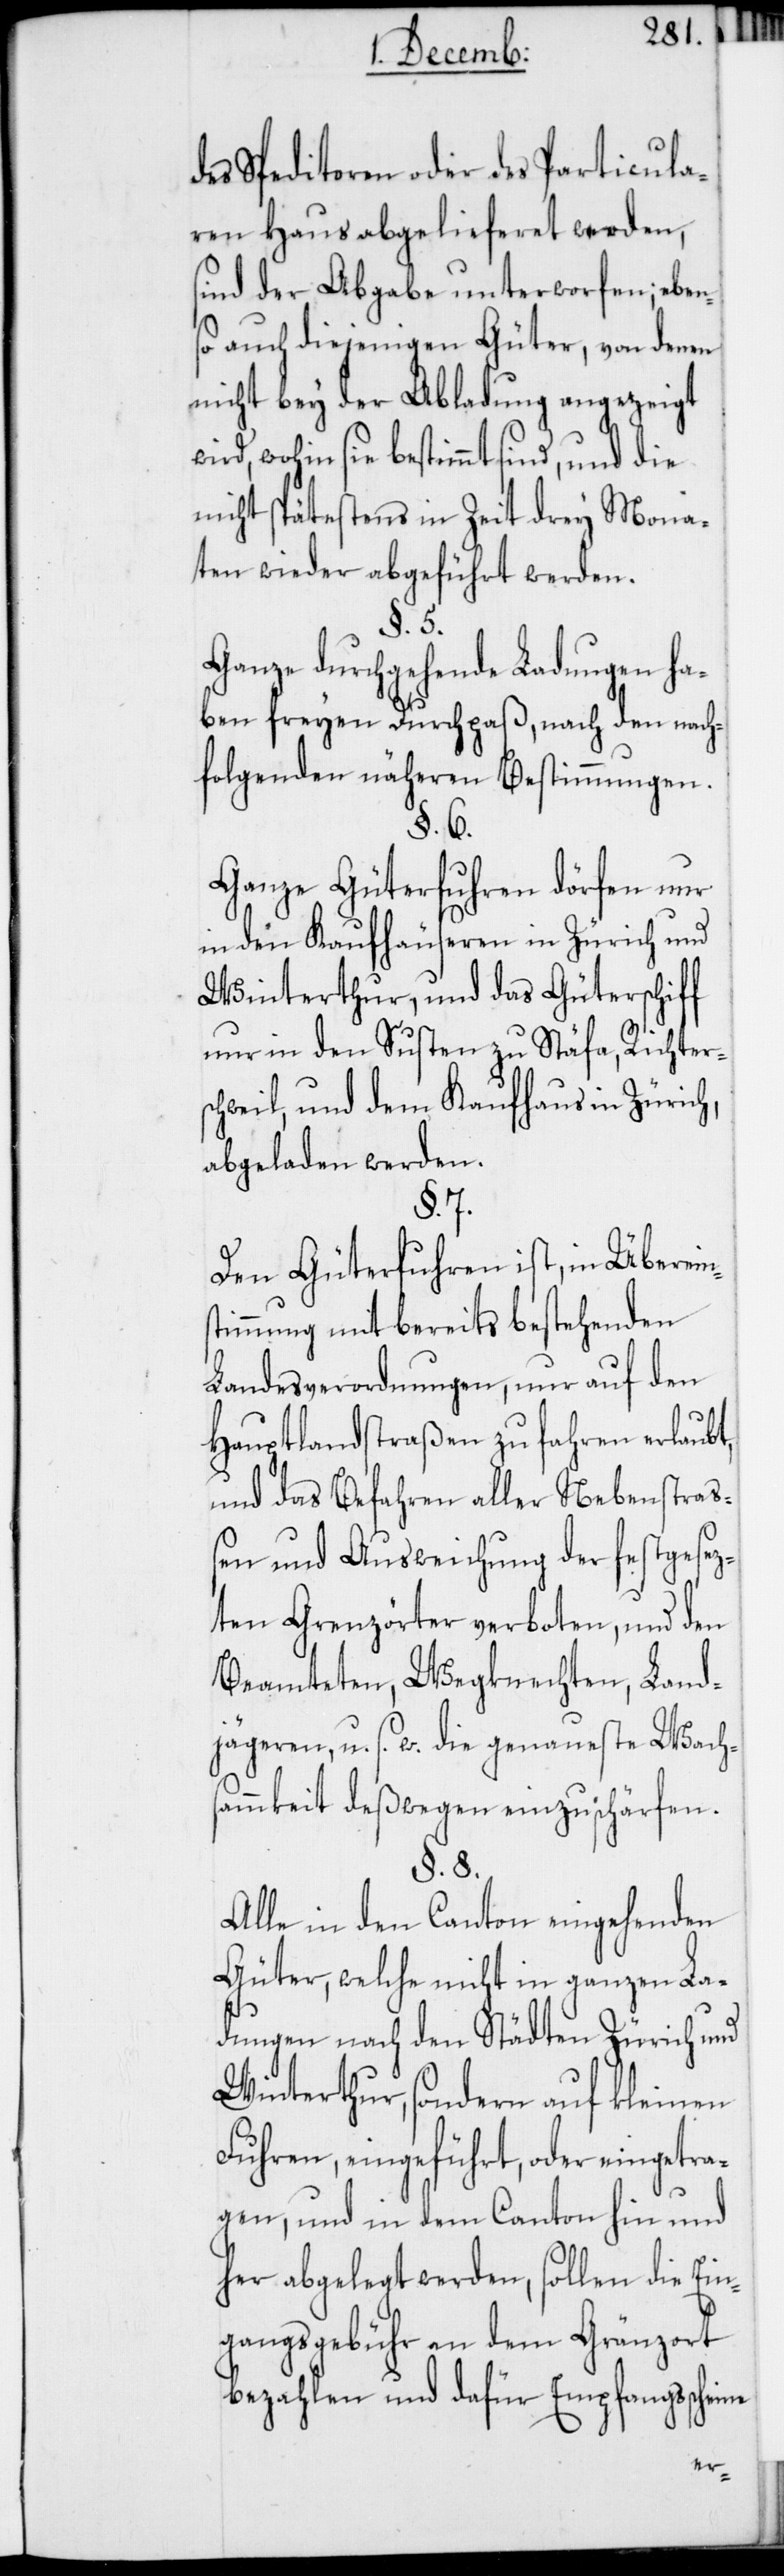
des Speditoren oder des Particula¬
ren Haus abgelieferet werden,
sind der Abgabe unterworfen; eben¬
so auch diejenigen Güter, von denen
nicht bey der Abladung angezeigt
wird, wohin sie bestimmt sind, und die
nicht spätestens in Zeit drey Mona¬
ten wieder abgeführt werden.
§. 5.
Ganze durchgehende Ladungen ha¬
ben freyen Durchpaß, nach den nach¬
folgenden näheren Bestimmungen.
§. 6.
Ganze Güterfuhren dörfen nur
in den Kaufhäuseren in Zürich und
Winterthur, und das Güterschif¬
f nur in den Susten zu Stäfa, Richter¬
schweil, und dem Kaufhaus in Zürich,
abgeladen werden.
§. 7.
Den Güterfuhren ist, in Überein¬
stimmung mit bereits bestehenden
Landesverordnungen, nur auf den
Hauptlandstraßen zu fahren erlaubt,
und das Befahren aller Nebenstraß¬
en und Ausweichung der festgesez¬
ten Grenzörter verboten, und den
Beamteten, Wegknechten, Land¬
jägeren, u. s. w. die genaueste Wach¬
sammkeit deßwegen einzuschärfen.
§. 8.
Alle in den Canton eingehenden
Güter, welche nicht in ganzen La¬
dungen nach den Städten Zürich und
Winterthur, sondern auf kleinen
Fuhren, eingeführt, oder eingetra¬
gen, und in dem Canton hin und
her abgelegt werden, sollen die Ein¬
gangsgebühr an dem Gränzort
bezahlen und dafür Empfangsscheine